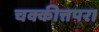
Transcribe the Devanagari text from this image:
चक्कीत्तपरा